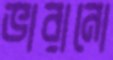
ভারানো